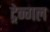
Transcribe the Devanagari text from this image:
ट्रेन्गल